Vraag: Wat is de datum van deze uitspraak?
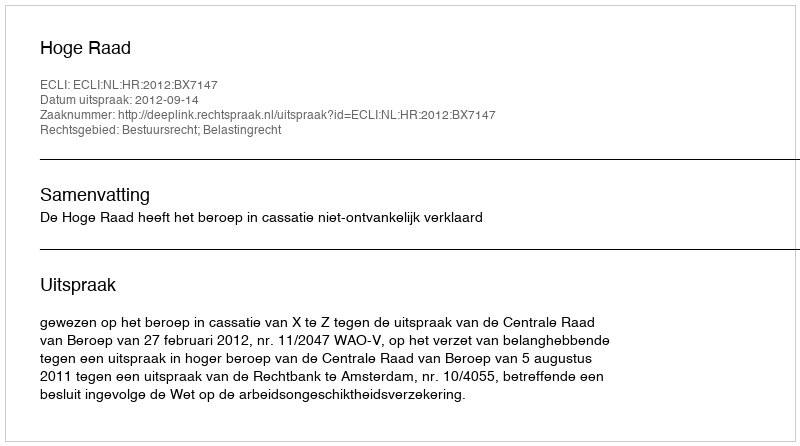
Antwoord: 2012-09-14